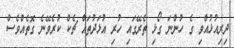
ދިރިއުޅުއްވި ގެ ހުންނަ ގޯޅި ތެރޭގައި ހުރި އުޅަދުތައް ޗެކް ކުރެވޭނެ ގޮތެއްވެސް